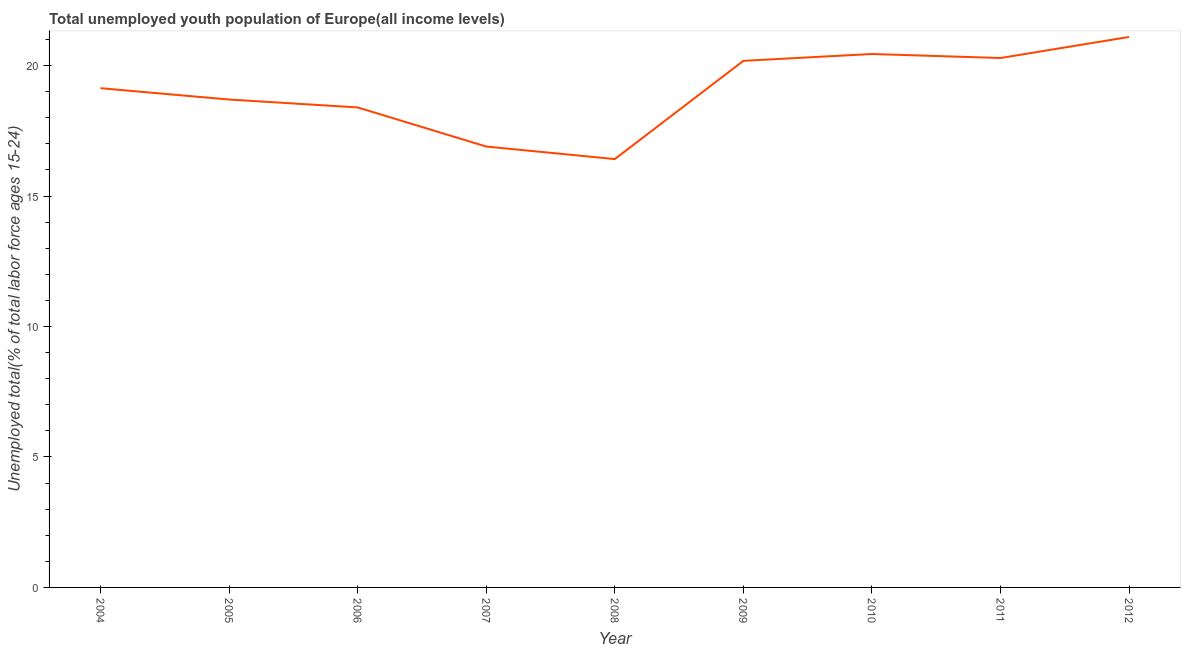
| Year | Unemployment youth total |
 | --- | --- |
 | 2004 | 19.1 |
 | 2005 | 18.7 |
 | 2006 | 18.4 |
 | 2007 | 16.9 |
 | 2008 | 16.4 |
 | 2009 | 20.2 |
 | 2010 | 20.4 |
 | 2011 | 20.3 |
 | 2012 | 21.1 |